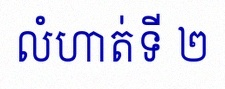
លំហាត់ទី ២